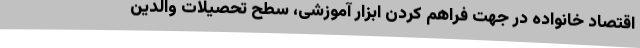
اقتصاد خانواده در جهت فراهم کردن ابزار آموزشی، سطح تحصیلات والدین